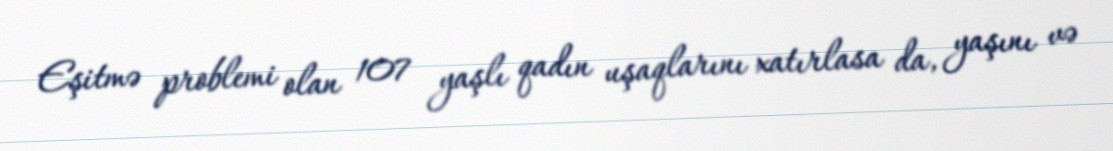
Eşitmə problemi olan 107 yaşlı qadın uşaqlarını xatırlasa da, yaşını və